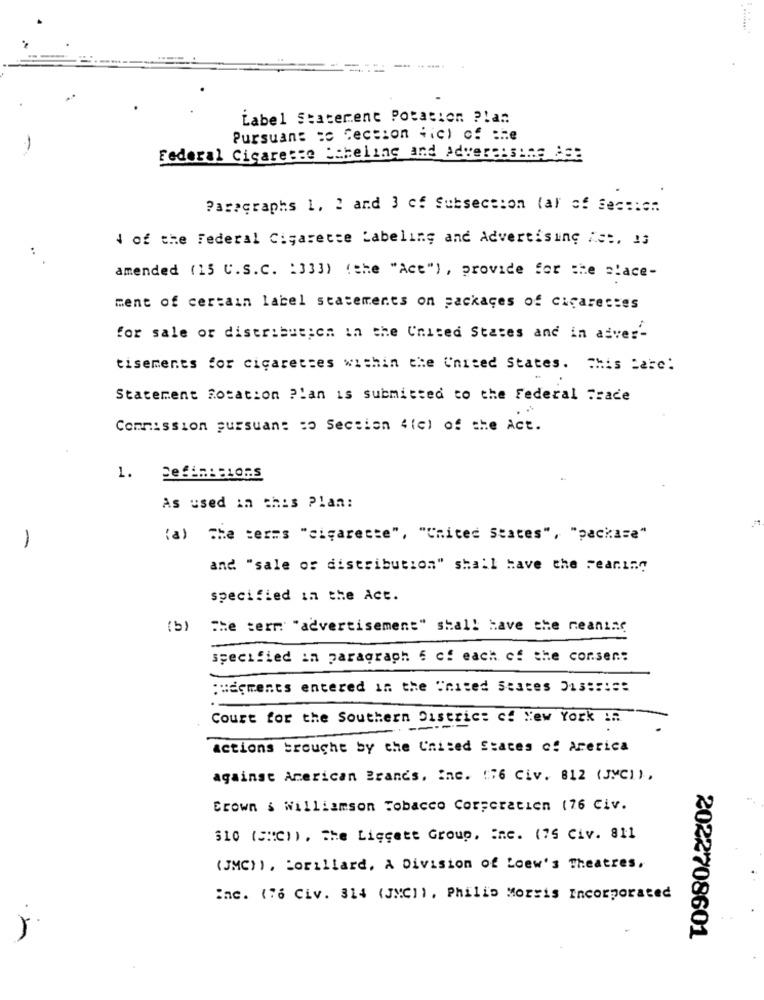
------
Label Staterent Potation ?! an
-
Pursuant to Section fic) of :he
Federal Cigarette Labeling and Advertising Age
Paragraphs 1. 2 and 3 cf Subsection (al of Sec ::= ".
4 of the Federal Cigarette Labeling and Advertising ist, 13
amended (15 U.S.C. : 333) (the "Act") , provide for the place-
ment of certain label statements on packages of cigarettes
for sale or distribution in the United States and in adver'-
tisements for cigarettes within the United States. This care:
Statement Rotation Plan is submitted to the Federal Trade
Commission pursuant : Section 4(c) of the Act.
1. Sefimistors
As used in this Plan:
(a) The terms "cigarette", "United States", "package"
-
and "sale of distribution" shall have the Fearing
specified in the Act.
(5)
The term "advertisement" shall have the neaninc
specified in paragraph 6 of each of the corsen .:
judgments entered in the United States 1
Court for the Southern District cf New York in
----
actions trouche by the United States of arerica
against American Brands, inc. (76 Civ. 812 (JMCI) ,
Crown s Williamson Tobacco Corseratien (76 Civ.
$10 (SIC)) , The Liggete Group, inc. (75 Civ. 811
(JMC) ) , Lorillard, A Division of Loew's Theatres,
inc. (76 Civ. 314 (JMCI), Philip Morris Incorporated
2022708601